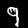
Digit: 9